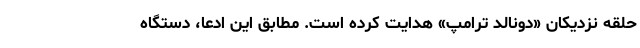
حلقه نزدیکان «دونالد ترامپ» هدایت کرده است. مطابق این ادعا، دستگاه